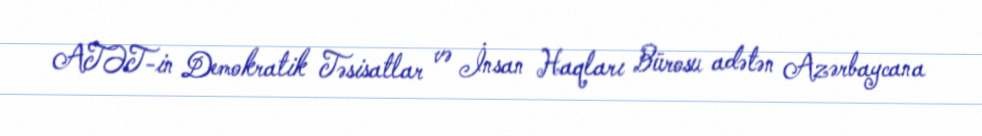
ATƏT-in Demokratik Təsisatlar və İnsan Haqları Bürosu adətən Azərbaycana